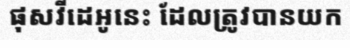
ផុសវីដេអូនេះ ដែលត្រូវបានយក